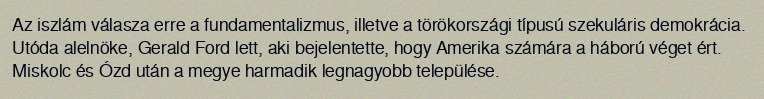
Az iszlám válasza erre a fundamentalizmus, illetve a törökországi típusú szekuláris demokrácia. Utóda alelnöke, Gerald Ford lett, aki bejelentette, hogy Amerika számára a háború véget ért. Miskolc és Ózd után a megye harmadik legnagyobb települése.